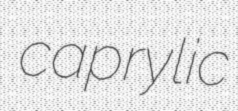
caprylic